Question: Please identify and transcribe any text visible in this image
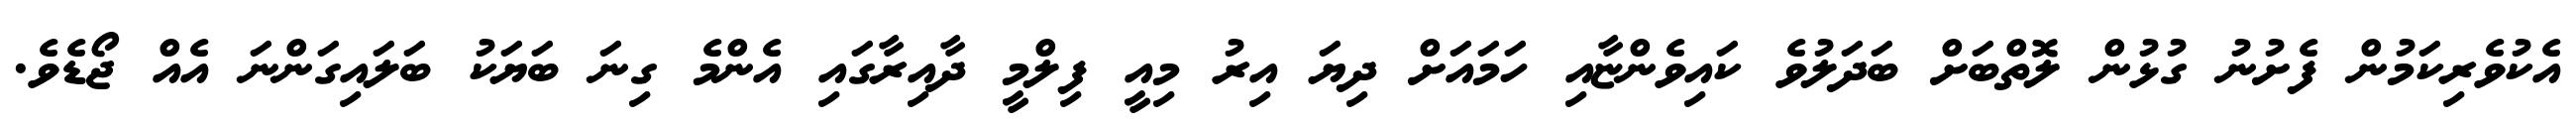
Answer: އެކުވެރިކަމުން ފެށުނު ގުޅުން ލޮތްބަށް ބަދަލުވެ ކައިވެންޏާއި ހަމައަށް ދިޔަ އިރު މިއީ ފިލްމީ ދާއިރާގައި އެންމެ ގިނަ ބަޔަކު ބަލައިގަންނަ އެއް ޖޯޑެވެ.